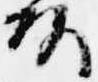
頭